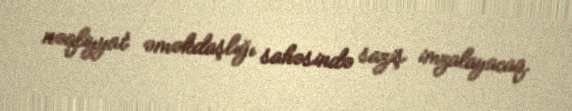
nəqliyyat əməkdaşlığı sahəsində saziş imzalayacaq.